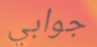
جوابي